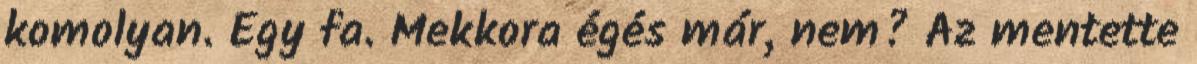
komolyan. Egy fa. Mekkora égés már, nem? Az mentette